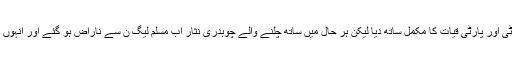
انہوں نے پارٹی کے سیاسی نشیب و فراز میں پارٹی اور پارٹی قیات کا مکمل ساتھ دیا لیکن ہر حال میں ساتھ چلنے والے چوہدری نثار اب مسلم لیگ ن سے ناراض ہو گئے اور انہوں نے آزاد حیثیت سےالیکشن لڑنے کا فیصلہ کیا تھا۔